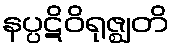
နပ္ပဋိဝိရုဇ္ဈတိ